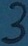
Text: 3